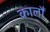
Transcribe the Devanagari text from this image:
कालौं